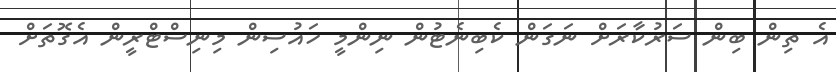
އެ ތިން ބިން ސަރުކާރަށް ނަގަން ކެބިނެޓުން ނިންމީ ހައުސިން މިނިސްޓްރީން އެގޮތަށް